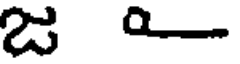
జ